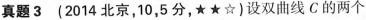
真题3(2014北京，10，5分，★★☆}设双曲线C的两个